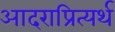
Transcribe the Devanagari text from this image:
आदराप्रित्यर्थ